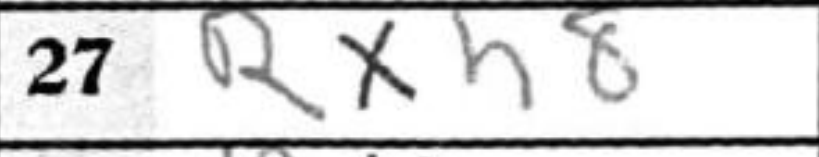
Transcription: Rxh8